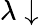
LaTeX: \lambda\downarrow